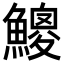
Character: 𩻐